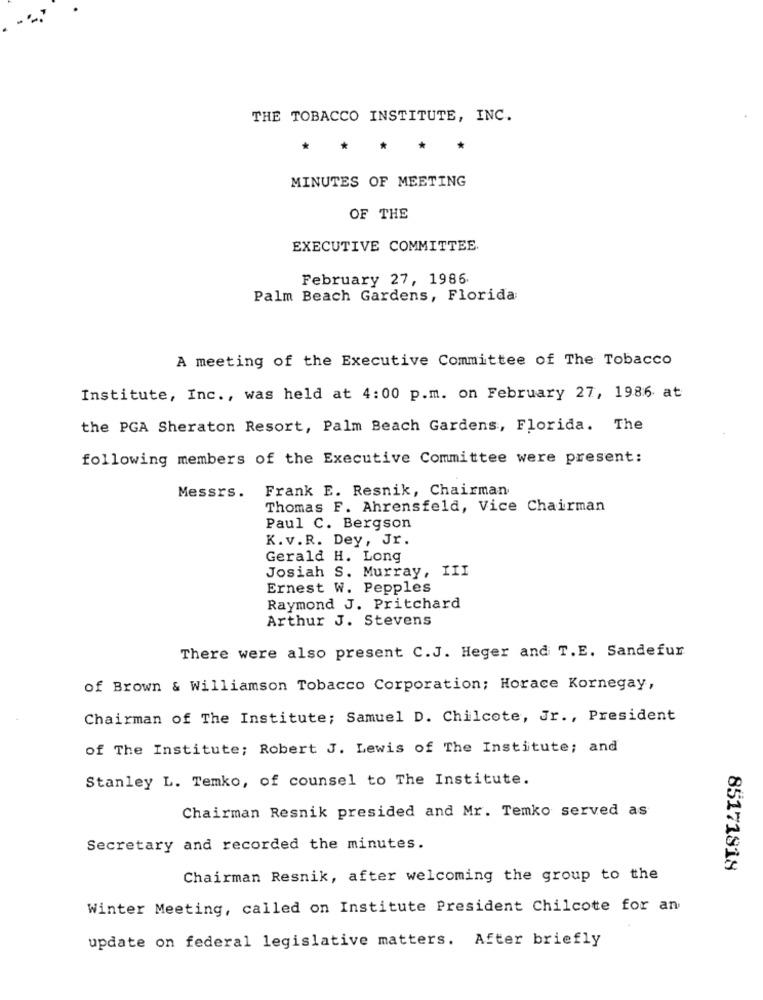
THE TOBACCO INSTITUTE, INC.
*
MINUTES OF MEETING
OF THE
EXECUTIVE COMMITTEE.
February 27, 1986.
Palm Beach Gardens, Florida
A meeting of the Executive Committee of The Tobacco
Institute, Inc ., was held at 4:00 p.m. on February 27, 1986 at
the PGA Sheraton Resort, Palm Beach Gardens, Florida. The
following members of the Executive Committee were present:
Messrs.
Frank E. Resnik, Chairman
Thomas F. Ahrensfeld, Vice Chairman
Paul C. Bergson
K.v.R. Dey, Jr.
Gerald H. Long
Josiah S. Murray, III
Ernest W. Pepples
Raymond J. Pritchard
Arthur J. Stevens
There were also present C.J. Heger and T.E. Sandefur
of Brown & Williamson Tobacco Corporation; Horace Kornegay,
Chairman of The Institute; Samuel D. Chilcote, Jr ., President
of The Institute; Robert J. Lewis of The Institute; and
Stanley L. Temko, of counsel to The Institute.
Chairman Resnik presided and Mr. Temko served as
Secretary and recorded the minutes.
85171818
Chairman Resnik, after welcoming the group to the
Winter Meeting, called on Institute President Chilcote for an
update on federal legislative matters. After briefly